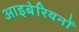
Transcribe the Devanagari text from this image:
आइबेरियनों